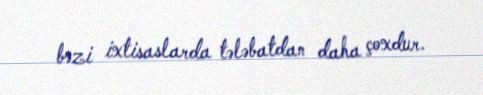
bəzi ixtisaslarda tələbatdan daha çoxdur.